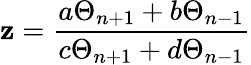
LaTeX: \mathbf{z}=\frac{{a\Theta_{n+1}+b\Theta_{n-1}}}{{c\Theta_{n+1}+d\Theta_{n-1}}}